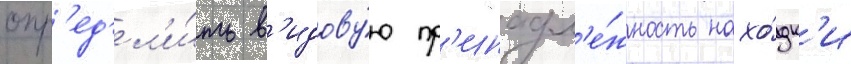
опр'ед'ел'и́ть в'идову́ю пр'инадл'е́жность нахо́дк'и